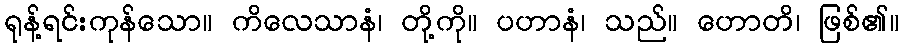
ရုန့်ရင်းကုန်သော။ ကိလေသာနံ၊ တို့ကို။ ပဟာနံ၊ သည်။ ဟောတိ၊ ဖြစ်၏။